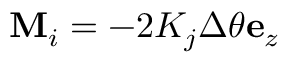
\mathbf { M } _ { i } = - 2 K _ { j } \Delta \theta \mathbf { e } _ { z }